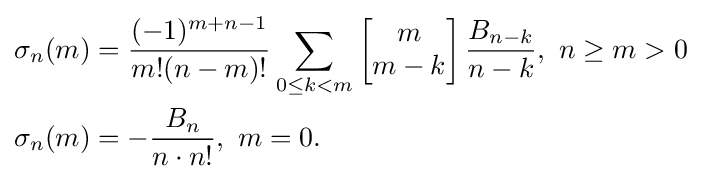
{\begin{aligned}\sigma _{n}(m)&={\frac {(-1)^{m+n-1}}{m!(n-m)!}}\sum _{0\leq k<m}\left[{\begin{matrix}m\\m-k\end{matrix}}\right]{\frac {B_{n-k}}{n-k}},\ n\geq m>0\\\sigma _{n}(m)&=-{\frac {B_{n}}{n\cdot n!}},\ m=0.\end{aligned}}